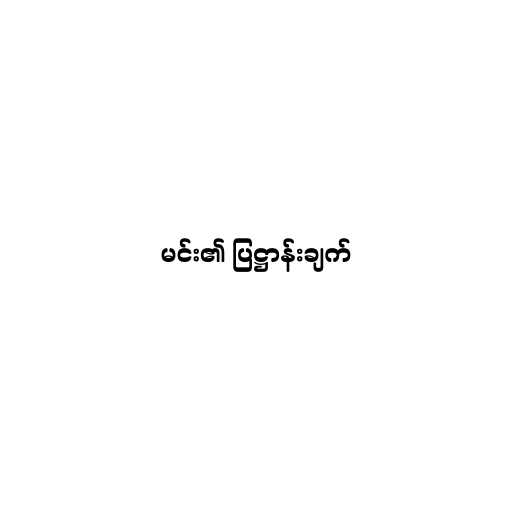
မင်း၏ ပြဋ္ဌာန်းချက်